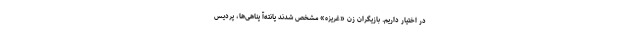
در اختیار داریم. بازیگران زن «غریزه» مشخص شدند پانته‌آ پناهی‌ها، پردیس